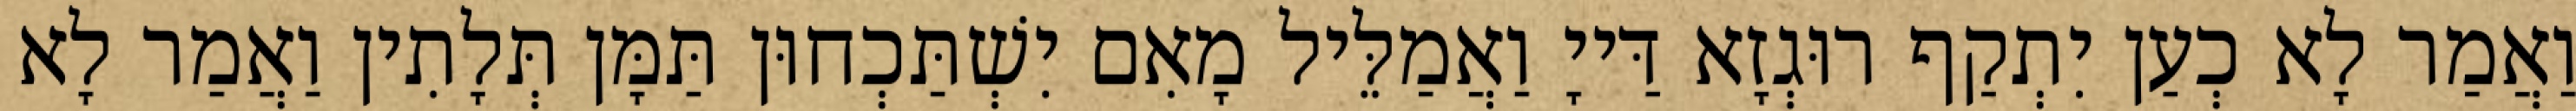
וַאֲמַר לָא כְעַן יִתְקַף רוּגְזָא דַּייָ וַאֲמַלֵּיל מָאִם יִשְׁתַּכְחוּן תַּמָּן תְּלָתִין וַאֲמַר לָא